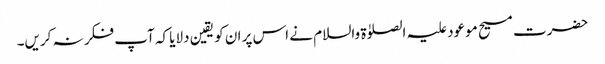
حضرت مسیح موعود علیہ الصلوٰۃ والسلام نے اس پر ان کو یقین دلایا کہ آپ فکر نہ کریں۔